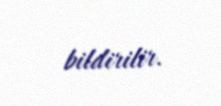
bildirilir.